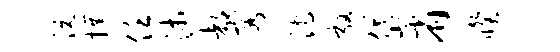
沅撰任沛都容沱敦岱省睽